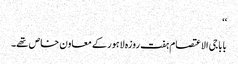
‘‘
بابا جی الاعتصام ہفت روزہ لاہور کے معاون خاص تھے۔